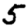
Digit: 5